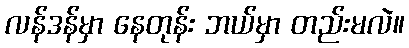
လန်ဒန်မှာ နေတုန်း ဘယ်မှာ တည်းမလဲ။